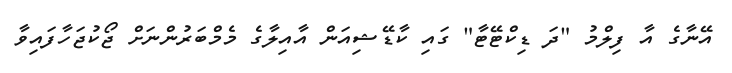
އޭނާގެ އާ ފިލްމު "ދަ ޑިކްޓޭޓާ" ގައި ކާޑޭޝިއަން އާއިލާގެ މެމްބަރުންނަށް ޖޯކުޖަހާފައިވާ